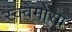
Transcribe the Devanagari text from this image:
स्क्वेमोसा